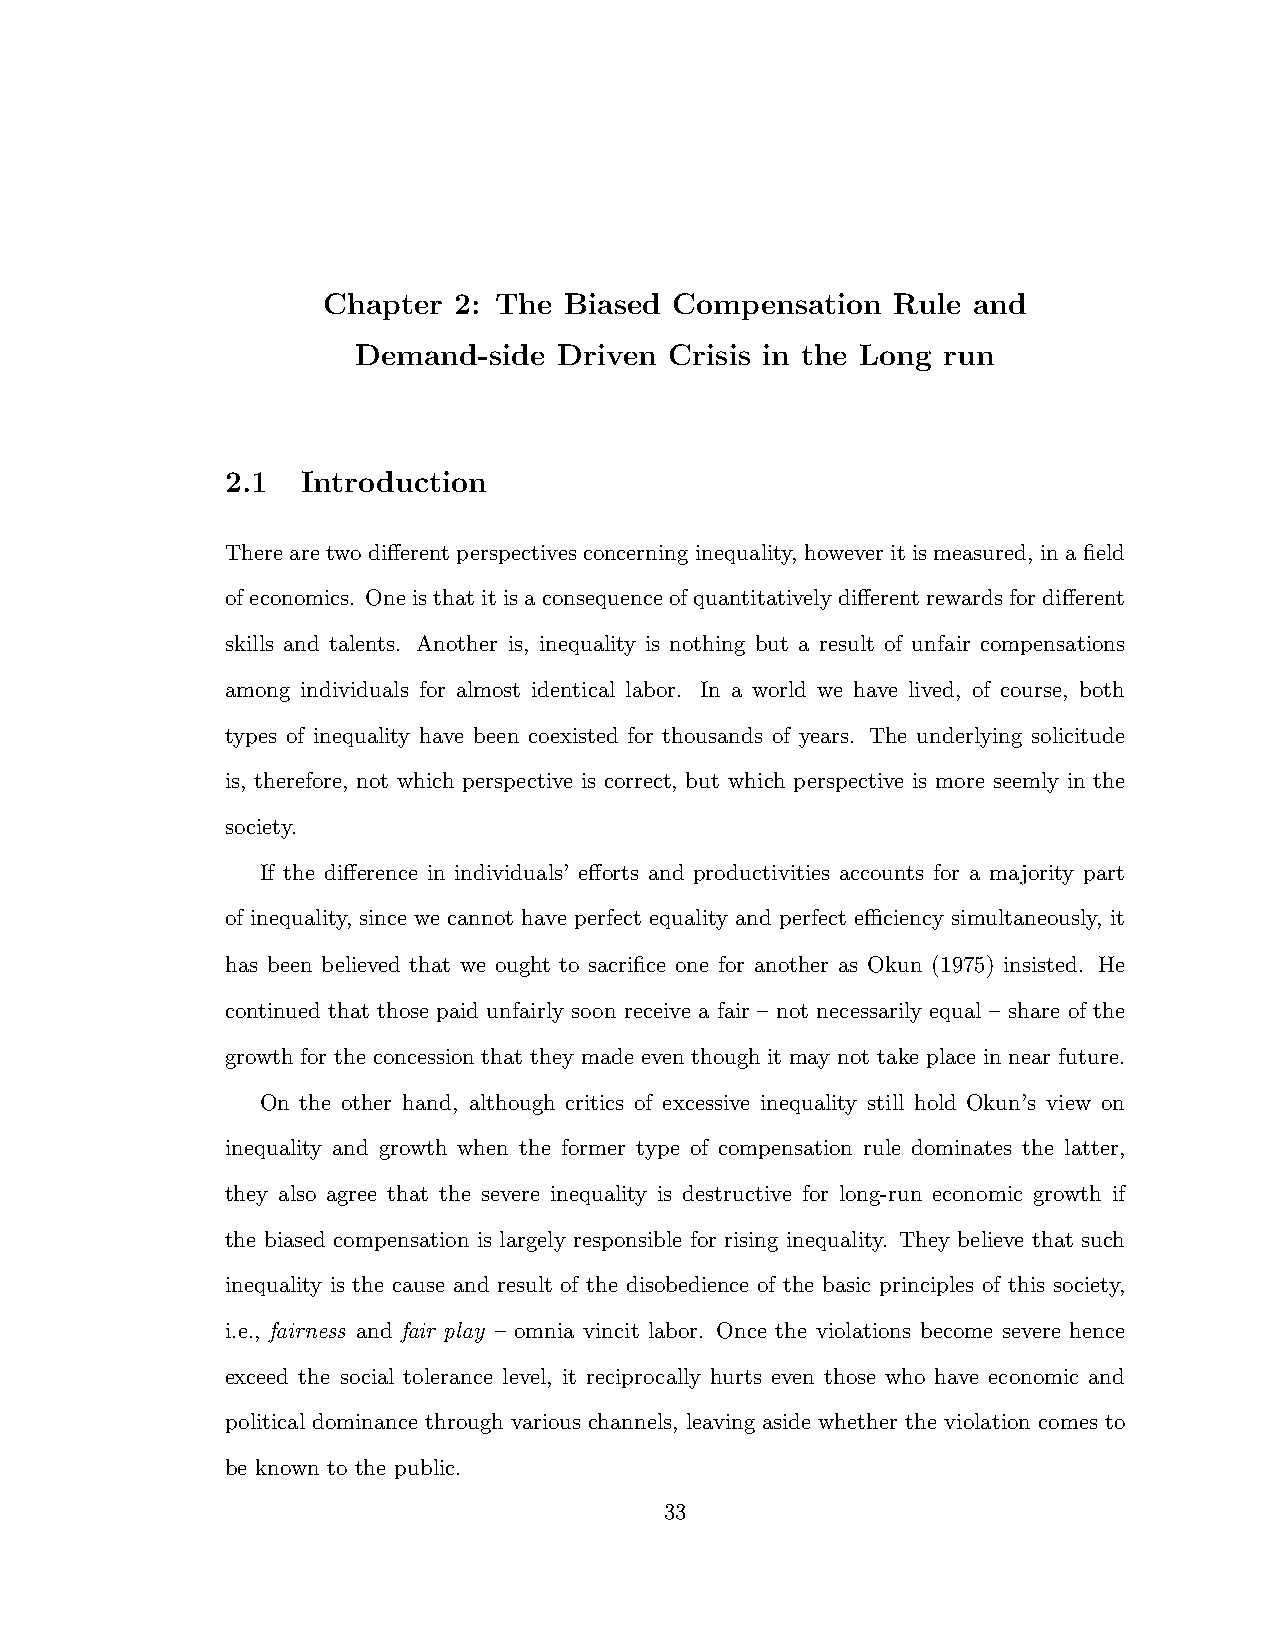
Chapter  2: The Biased Compensation   Rule and
 Demand-side  Driven Crisis in the Long run
 2.1  Introduction
 There are two di↵erent perspectives concerning inequality, however it is measured, in a field
 of economics. One is that it is a consequence of quantitatively di↵erent rewards for di↵erent
 skills and talents. Another is, inequality is nothing but a result of unfair compensations
 among individuals for almost identical labor. In a world we have lived, of course, both
 types of inequality have been coexisted for thousands of years. The underlying solicitude
 is, therefore, not which perspective is correct, but which perspective is more seemly in the
 society.
 If the di↵erence in individuals’ e↵orts and productivities accounts for a majority part
 of inequality, since we cannot have perfect equality and perfect eciency simultaneously, it
 has been believed that we ought to sacrifice one for another as Okun (1975) insisted. He
 continued that those paid unfairly soon receive a fair – not necessarily equal – share of the
 growth for the concession that they made even though it may not take place in near future.
 On the other hand, although critics of excessive inequality still hold Okun’s view on
 inequality and growth when the former type of compensation rule dominates the latter,
 they also agree that the severe inequality is destructive for long-run economic growth if
 the biased compensation is largely responsible for rising inequality. They believe that such
 inequality is the cause and result of the disobedience of the basic principles of this society,
 i.e., fairness and fair play – omnia vincit labor. Once the violations become severe hence
 exceed the social tolerance level, it reciprocally hurts even those who have economic and
 political dominance through various channels, leaving aside whether the violation comes to
 be known to the public.
 33